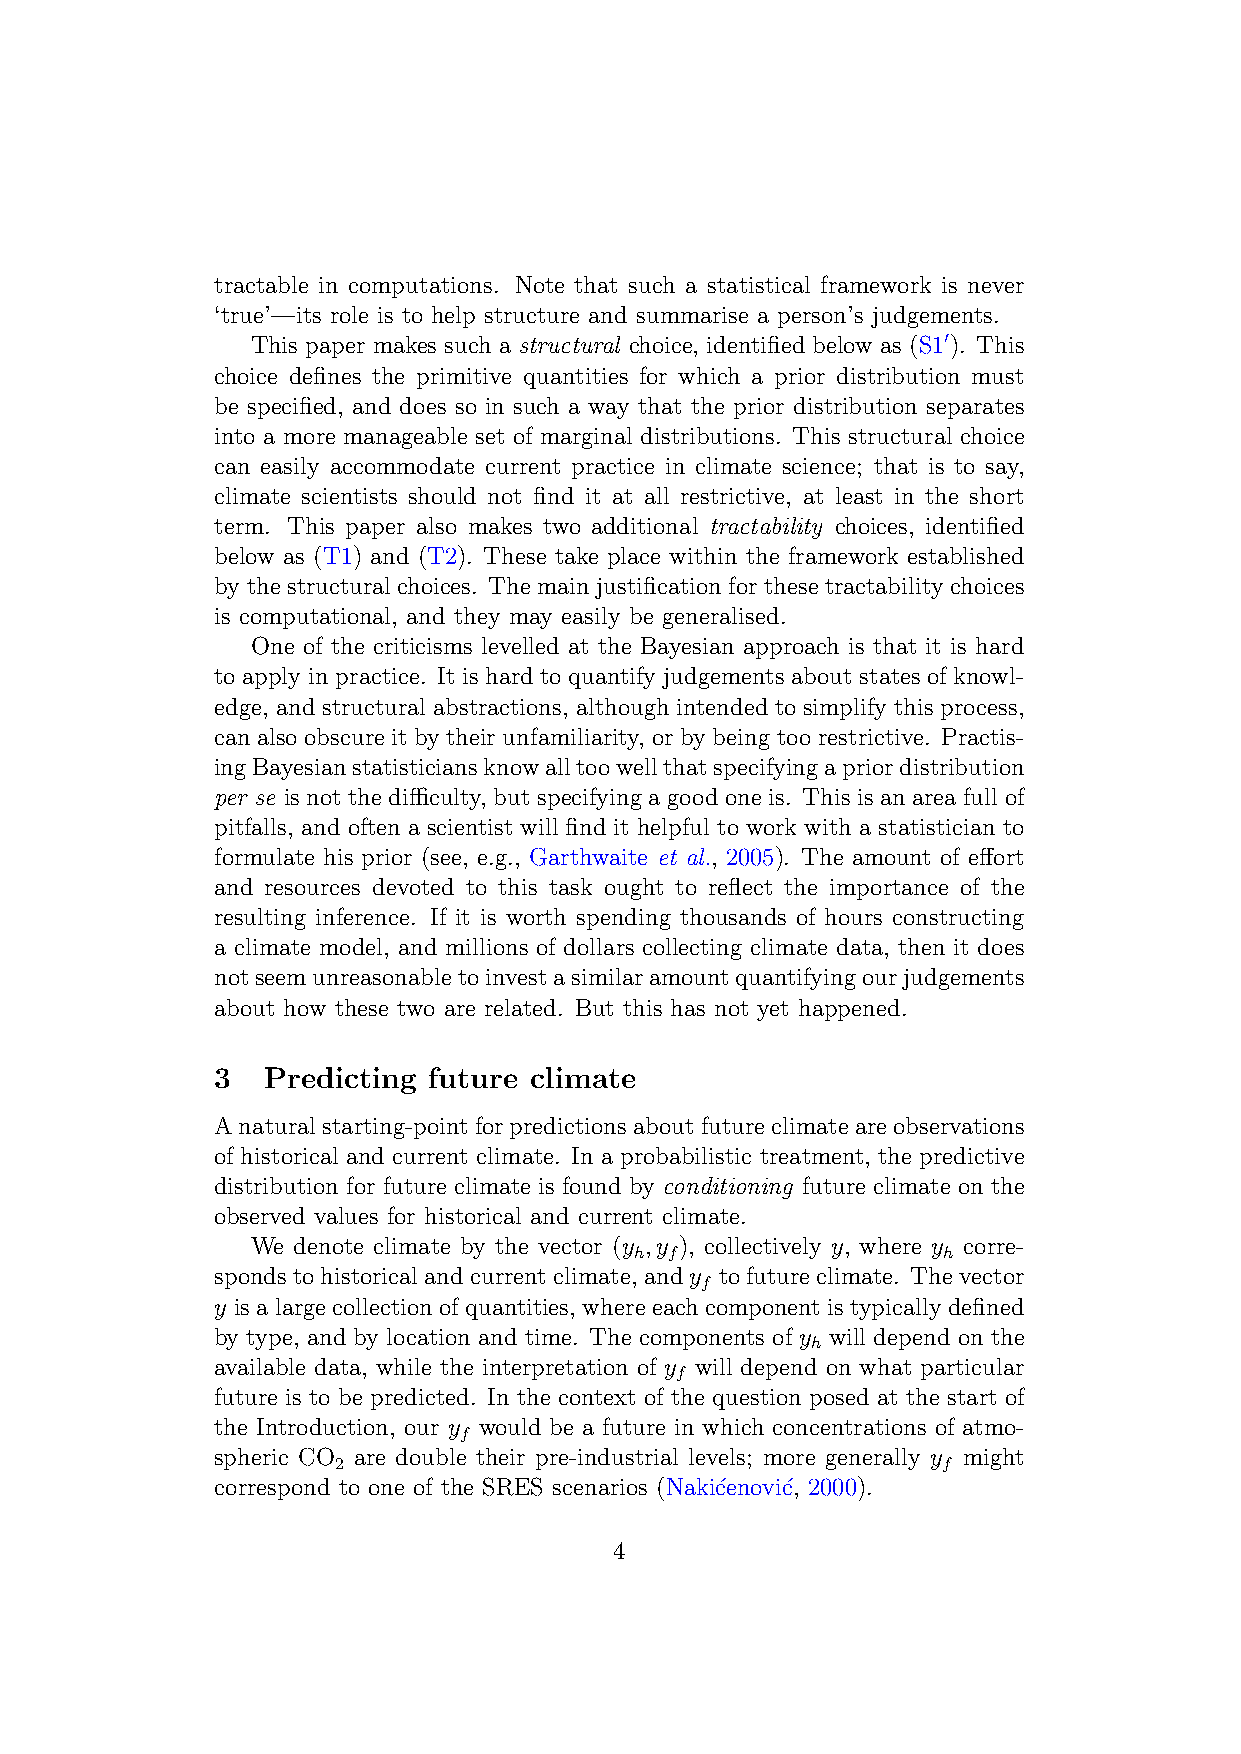
tractable in computations. Note that such a statistical framework is never
 ‘true’—its role is to help structure and summarise a person’s judgements.
 This paper makes such a structural choice, identified below as (S10). This
 choice defines the primitive quantities for which a prior distribution must
 be specified, and does so in such a way that the prior distribution separates
 into a more manageable set of marginal distributions. This structural choice
 can easily accommodate current practice in climate science; that is to say,
 climate scientists should not find it at all restrictive, at least in the short
 term. This paper also makes two additional tractability choices, identified
 below as (T1) and (T2). These take place within the framework established
 by the structural choices. The main justification for these tractability choices
 is computational, and they may easily be generalised.
 One of the criticisms levelled at the Bayesian approach is that it is hard
 to apply in practice. It is hard to quantify judgements about states of knowl-
 edge, and structural abstractions, although intended to simplify this process,
 can also obscure it by their unfamiliarity, or by being too restrictive. Practis-
 ingBayesianstatisticiansknowalltoowellthatspecifyingapriordistribution
 per se is not the difficulty, but specifying a good one is. This is an area full of
 pitfalls, and often a scientist will find it helpful to work with a statistician to
 formulate his prior (see, e.g., Garthwaite et al., 2005). The amount of effort
 and resources devoted to this task ought to reflect the importance of the
 resulting inference. If it is worth spending thousands of hours constructing
 a climate model, and millions of dollars collecting climate data, then it does
 notseemunreasonabletoinvestasimilaramountquantifyingourjudgements
 about how these two are related. But this has not yet happened.
 3   Predicting future climate
 Anaturalstarting-pointforpredictionsaboutfutureclimateareobservations
 of historical and current climate. In a probabilistic treatment, the predictive
 distribution for future climate is found by conditioning future climate on the
 observed values for historical and current climate.
 We denote climate by the vector (y ,y ), collectively y, where y corre-
 h f                 h
 spondstohistoricalandcurrentclimate, andy tofutureclimate. Thevector
 f
 y is a large collection of quantities, where each component is typically defined
 by type, and by location and time. The components of y will depend on the
 h
 available data, while the interpretation of y will depend on what particular
 f
 future is to be predicted. In the context of the question posed at the start of
 the Introduction, our y would be a future in which concentrations of atmo-
 f
 spheric CO are double their pre-industrial levels; more generally y might
 2                                       f
 correspond to one of the SRES scenarios (Naki´cenovi´c, 2000).
 4